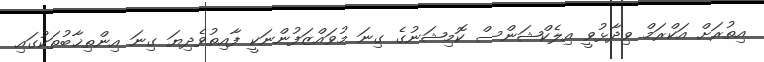
އިތުރަށް އަކްރަމް ވިދާޅުވީ އިލެކްޝަންސް ކޮމިޝަނުގެ ގިނަ މުވައްޒަފުންނަކީ ފާއިތުވެދިޔަ ގިނަ އިންތިޚާބުތަކުގައި